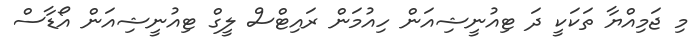
މި ޖަމިއްޔާ ތަކަކީ ދަ ޓިއުނީޝިއަން ހިއުމަން ރައިޓްސް ލީގް ޓިއުނީޝިއަން އޯޑާސް